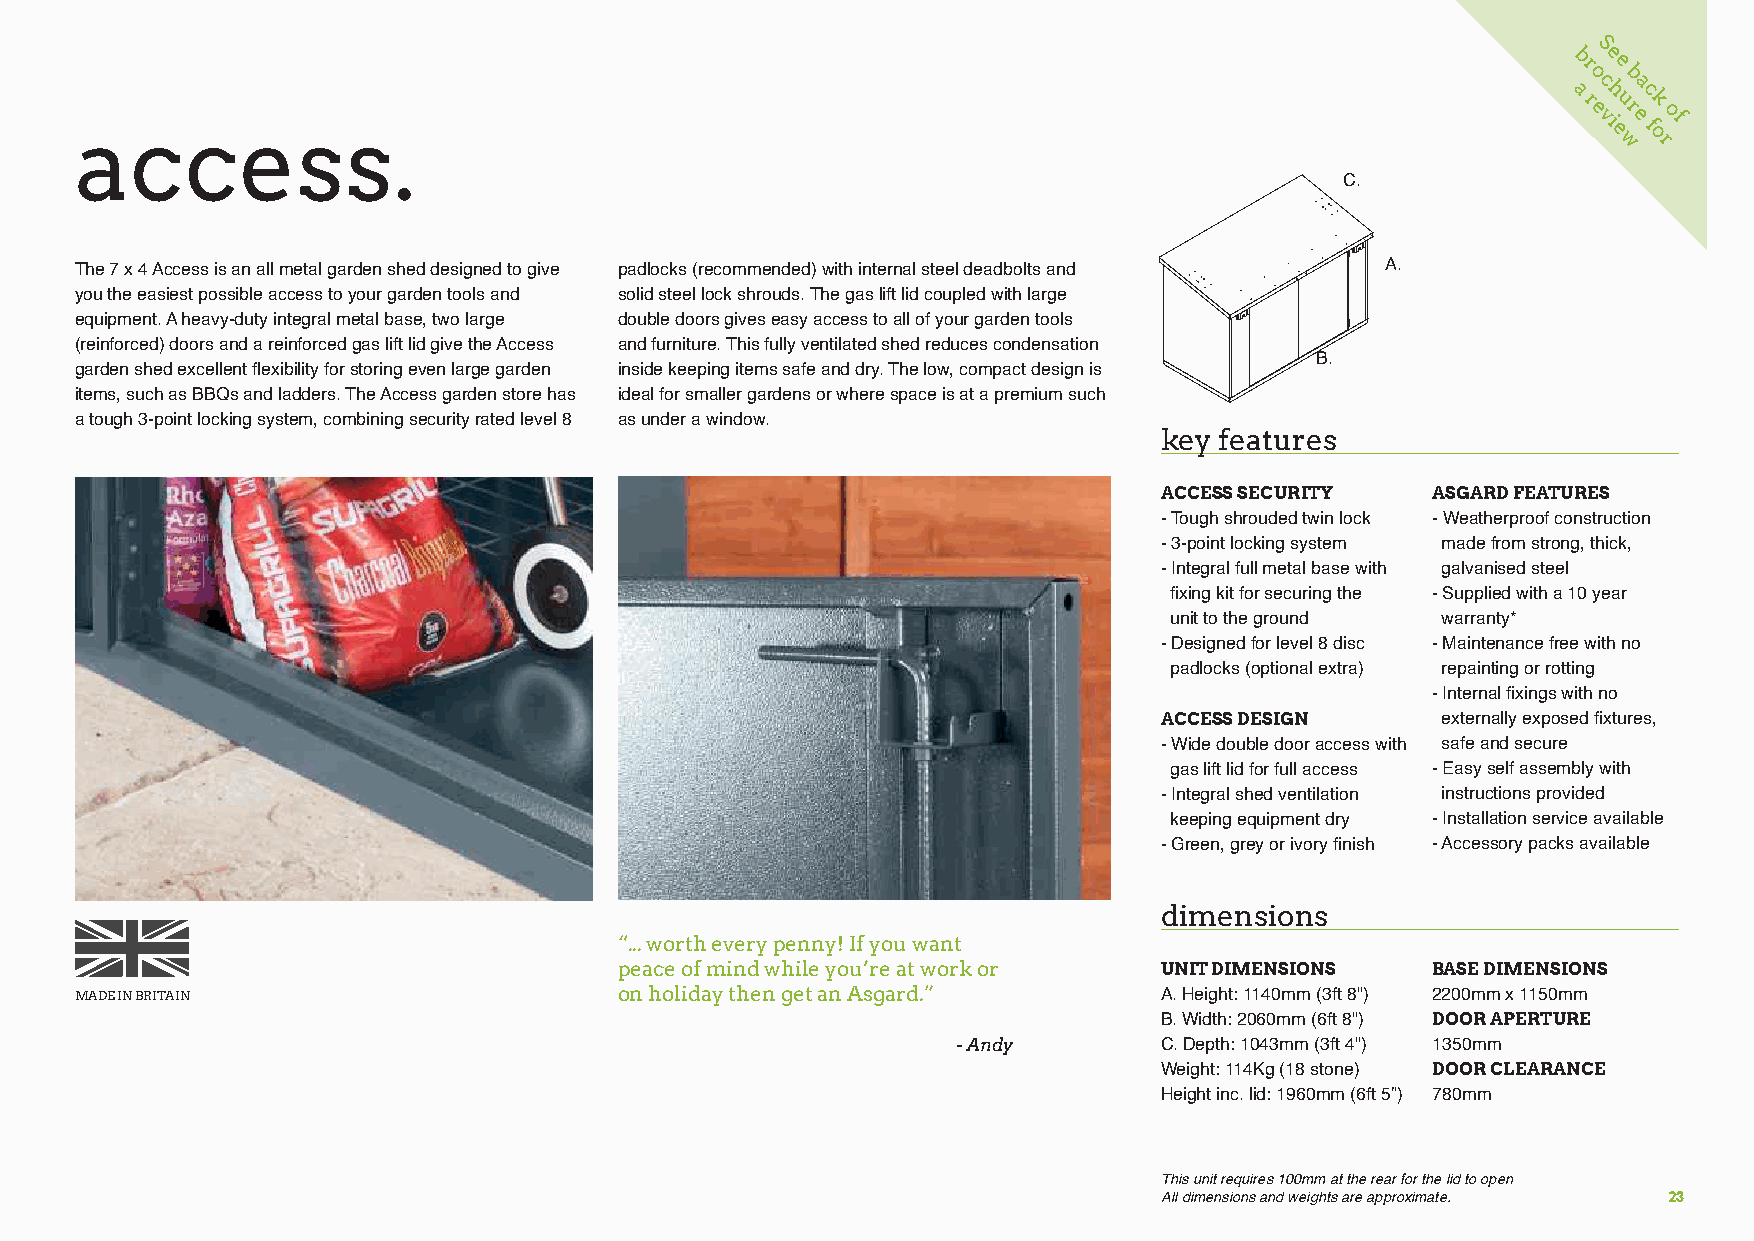
S
 b re e
 o b
 c a
 access.
 a
 r
 e
 vh
 i
 eu
 r e
 c
 f
 ok
 of
 w  r
 C.
 The 7 x 4 Access is an all metal garden shed designed to give padlocks (recommended) with internal steel deadbolts and A.
 you the easiest possible access to your garden tools and solid steel lock shrouds. The gas lift lid coupled with large
 equipment. A heavy-duty integral metal base, two large double doors gives easy access to all of your garden tools
 (reinforced) doors and a reinforced gas lift lid give the Access and furniture. This fully ventilated shed reduces condensation
 B.
 garden shed excellent flexibility for storing even large garden inside keeping items safe and dry. The low, compact design is
 items, such as BBQs and ladders. The Access garden store has ideal for smaller gardens or where space is at a premium such
 a tough 3-point locking system, combining security rated level 8 as under a window.
 key features
 ACCESS SECURITY   ASGARD FEATURES
 - Tough shrouded twin lock - Weatherproof construction
 - 3-point locking system made from strong, thick,
 - Integral full metal base with galvanised steel
 fixing kit for securing the - Supplied with a 10 year
 unit to the ground warranty*
 - Designed for level 8 disc - Maintenance free with no
 padlocks (optional extra) repainting or rotting
 - Internal fixings with no
 ACCESS DESIGN     externally exposed fixtures,
 - Wide double door access with safe and secure
 gas lift lid for full access - Easy self assembly with
 - Integral shed ventilation instructions provided
 keeping equipment dry - Installation service available
 - Green, grey or ivory finish - Accessory packs available
 dimensions
 “... worth every penny! If you want
 peace of mind while you’re at work or UNIT DIMENSIONS BASE DIMENSIONS
 MADE IN BRITAIN                     on holiday then get an Asgard.”     A. Height: 1140mm (3ft 8") 2200mm x 1150mm
 B. Width: 2060mm (6ft 8") DOOR APERTURE
 - Andy        C. Depth: 1043mm (3ft 4") 1350mm
 Weight: 114Kg (18 stone) DOOR CLEARANCE
 Height inc. lid: 1960mm (6ft 5”) 780mm
 This unit requires 100mm at the rear for the lid to open
 All dimensions and weights are approximate. 23